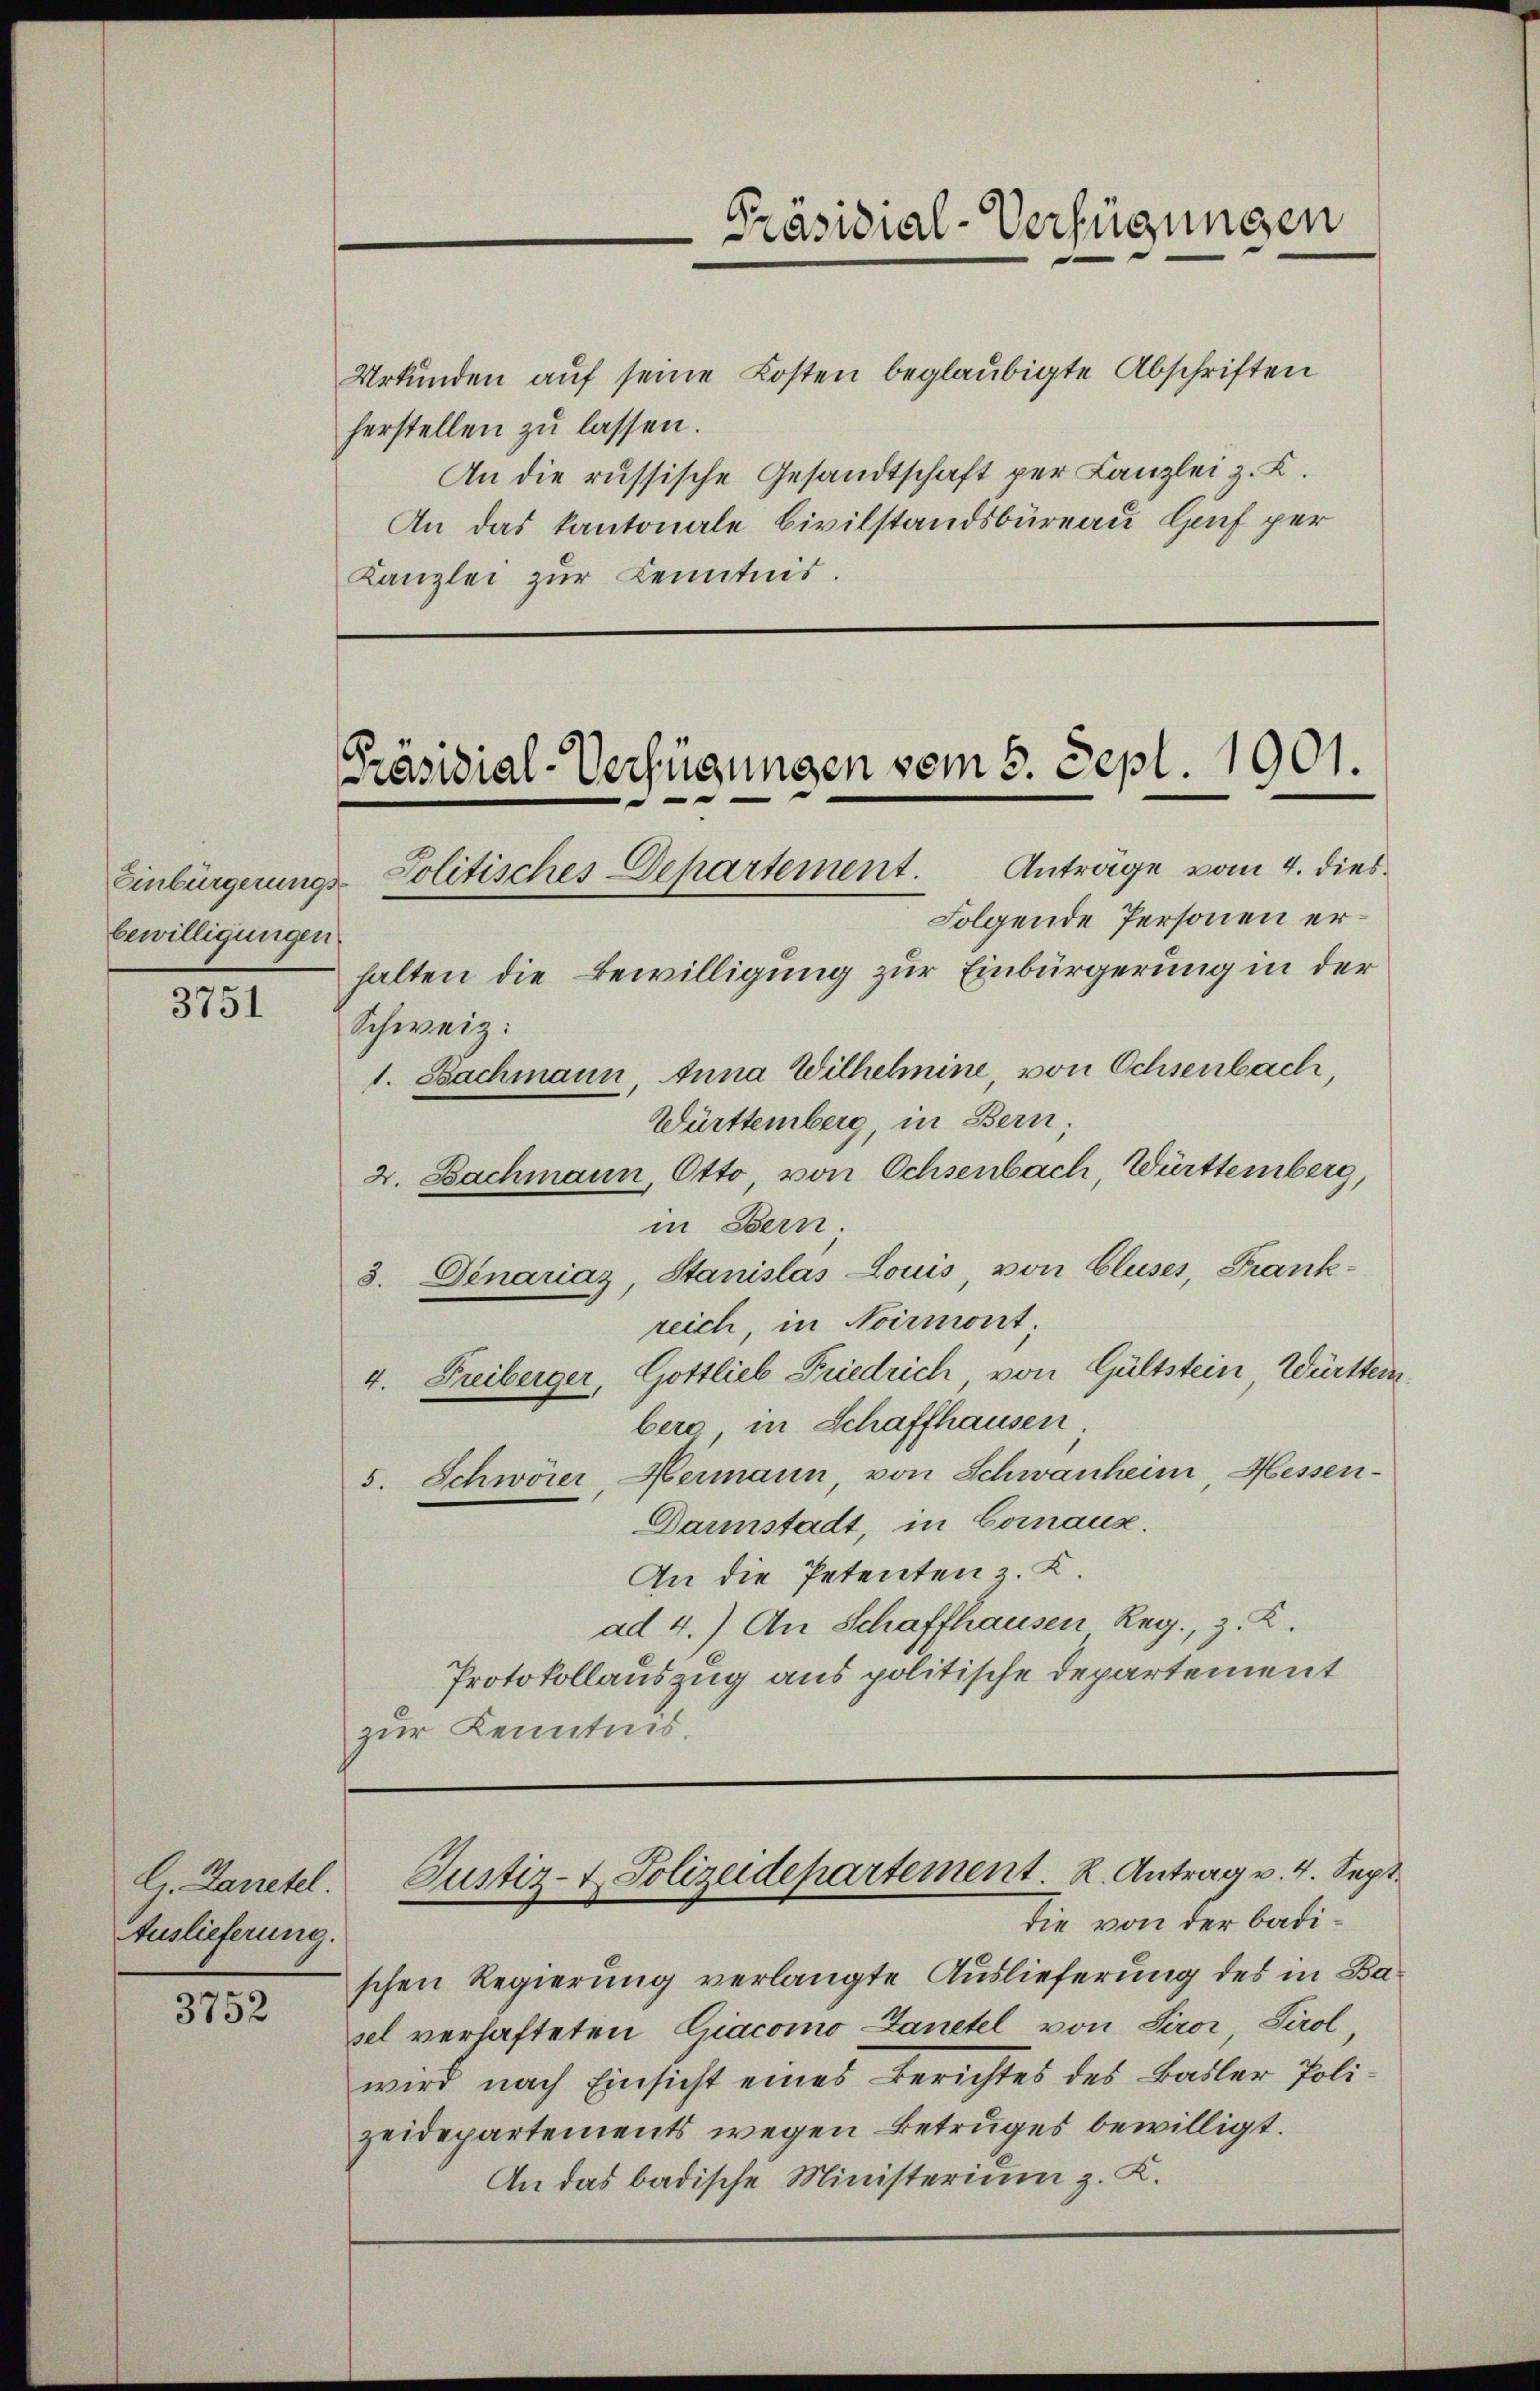
bewilligungen.
3751

G. Zanetel.
Auslieferung.

3752

Urkunden auf seine Kosten beglaubigte Abschriften
herstellen zu lassen.
An die russische Gesandtschaft per Kanzlei z. K.
An das kantonale Civilstandsbüreau Heuf per
Kanzlei zŭr Kenntnis.

Präsidial-Verfügungen vom 5. Sept. 1901.
Einbürgerungs-Politisches Departement. Anträge vom 4. dies

Schweiz:

Präsidial-Verfügungen

Justiz- & Polizeidepartement. K. Antrag v. 4. Sept.
Die von der badi¬

Folgende Personen erhalten die Bewilligung zur Einbürgerung in der
1. Bachmann, Anna Wilhelmine, von Ochsenbach,
Württemberg, in Bern;
2. Bachmann, Otto, von Ochsenbach, Württemberg,
in Bern.
8. Denarias, Stanislas Louis, von Cluses, Frankreich, in Normirt;
4. Freiberger, Gottlieb Friedrich von Gültstein Württem
bero in Schaffhauses
5. Schwörer, Hermann, von Schwanheim, Messen-
Darmstadt, in Coraus.
An die Petenten z. K.
ad 4.) An Schaffhausen Reg., z. K.
Protokollauszug aus politische Departement
zur Kenntnis.

schen Regierung verlangte Auslieferung des in Basel verhafteten Giacomo Lanetel von Siror Tirol,
wird nach Einsicht eines Berichtes des Basler Polizeidepartements wegen Betruges bewilligt.
An das badische Ministerium z. K.